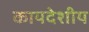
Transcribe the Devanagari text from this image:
कायदेशीय